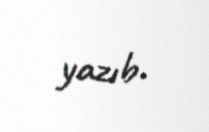
yazıb.